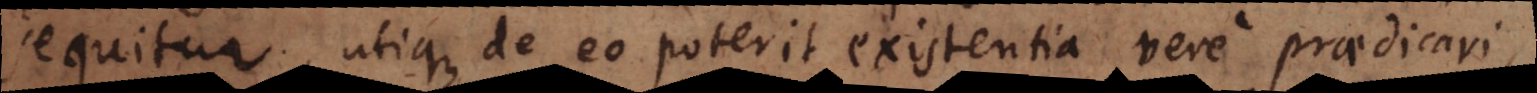
sequitur, utique de eo poterit existentia vere praedicari,